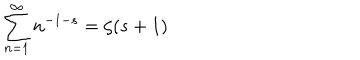
\sum _ { n = 1 } ^ { \infty } n ^ { - 1 - s } = \zeta ( s + 1 )